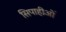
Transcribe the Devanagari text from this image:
सिपाहीओं